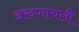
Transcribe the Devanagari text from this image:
अरुणाचली